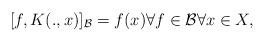
LaTeX: \begin{align*}[f, K(.,x)]_{\mathcal{B}}=f(x) \forall f \in \mathcal{B} \forall x\in X,\end{align*}